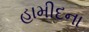
હામીદના